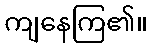
ကျနေကြ၏။